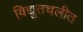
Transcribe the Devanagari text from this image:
विद्युतचलीत